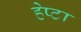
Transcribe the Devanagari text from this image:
हेप्टा